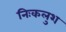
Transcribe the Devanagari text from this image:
निःकलुश